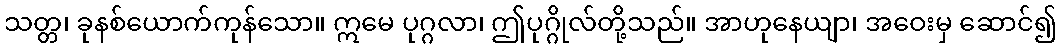
သတ္တ၊ ခုနစ်ယောက်ကုန်သော။ ဣမေ ပုဂ္ဂလာ၊ ဤပုဂ္ဂိုလ်တို့သည်။ အာဟုနေယျာ၊ အဝေးမှ ဆောင်၍